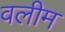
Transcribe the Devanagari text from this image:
वलीम